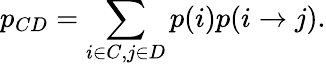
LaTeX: p_{CD}=\sum_{i\in C,j\in D}p(i)p(i\to j).